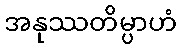
အနုဿတိမ္ပာဟံ